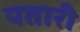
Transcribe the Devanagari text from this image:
पतारी